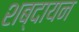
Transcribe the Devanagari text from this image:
शब्दायन